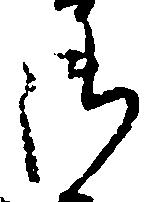
御